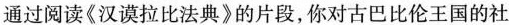
通过阅读《汉谟拉比法典》的片段，你对古巴比伦王国的社